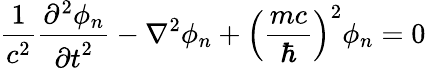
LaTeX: {\frac{1}{{c}^{2}}}{\frac{{\partial}^{2}{\phi}_{n}}{{\partial t}^{2}}}-{{\nabla}^{2}{\phi}_{n}}+{\left({\frac{mc}{\hbar}}\right)}^{2}{\phi}_{n}=0